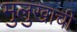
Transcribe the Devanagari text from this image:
मुलुखाची